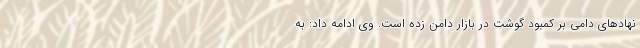
نهادهای دامی بر کمبود گوشت در بازار دامن زده است. وی ادامه داد: به